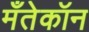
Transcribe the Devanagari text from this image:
मँतेकॉन